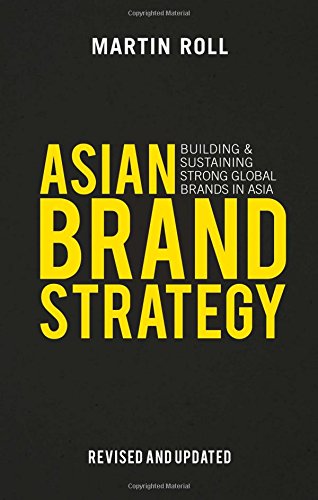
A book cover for Asian Brand Strategy (Revised and Updated): Building and Sustaining Strong Global Brands in Asia; Martin Roll; Business & Money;